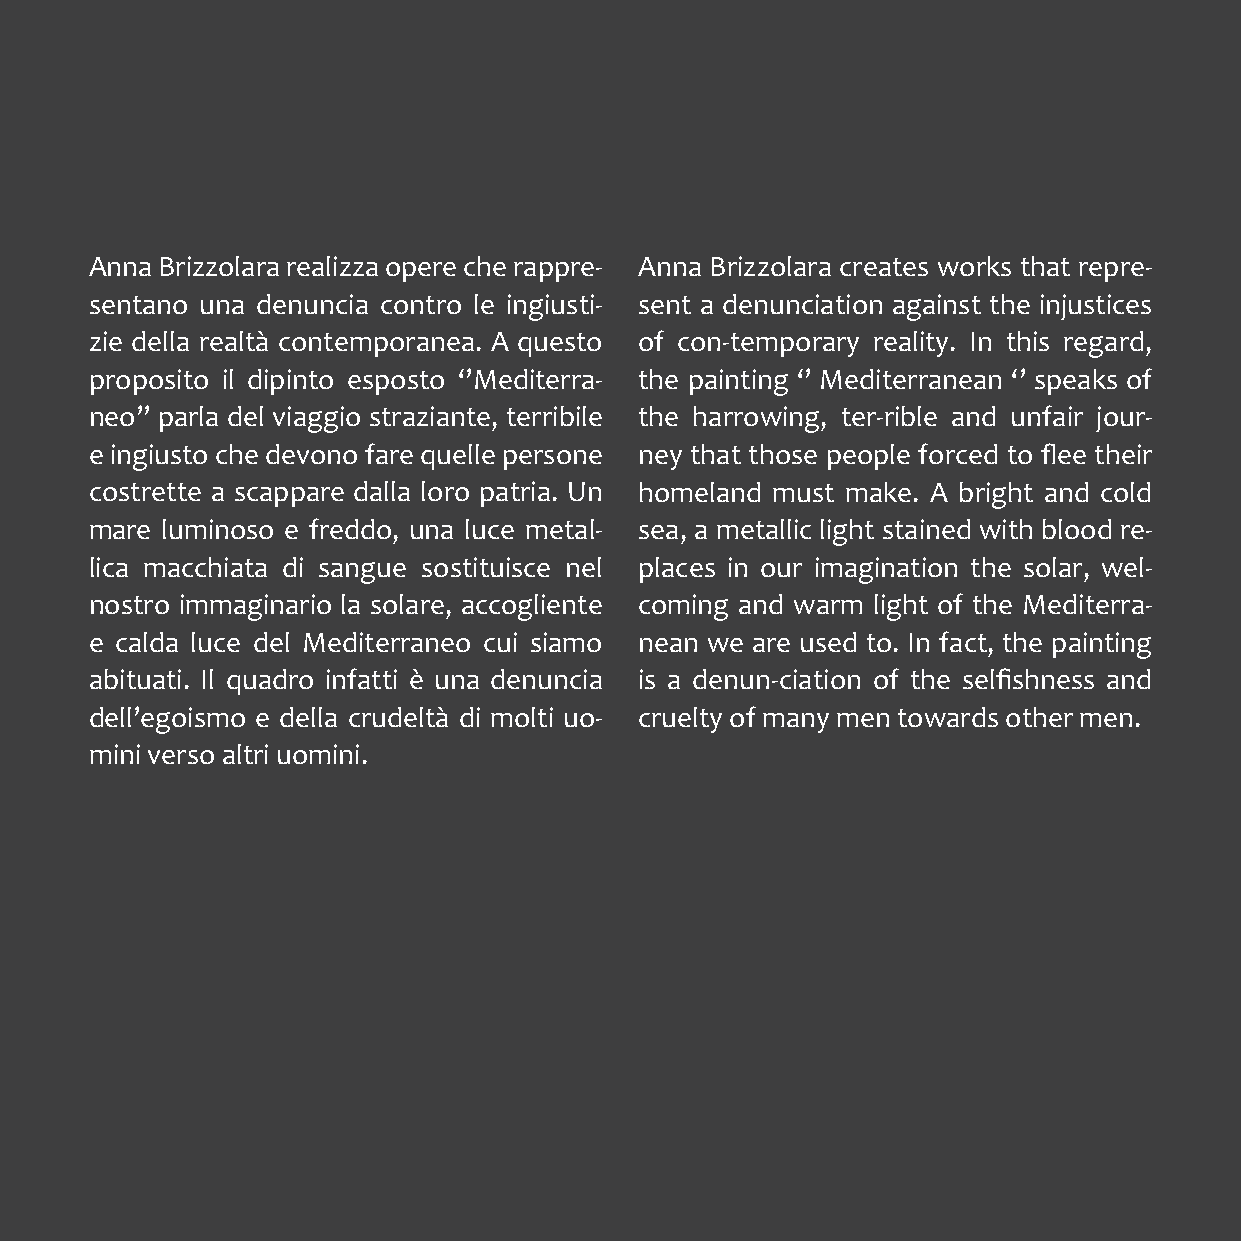
Anna Brizzolara realizza opere che rappre- Anna Brizzolara creates works that repre-
 sentano una denuncia contro le ingiusti- sent a denunciation against the injustices
 zie della realtà contemporanea. A questo of con-temporary reality. In this regard,
 proposito il dipinto esposto ‘’Mediterra- the painting ‘’ Mediterranean ‘’ speaks of
 neo’’ parla del viaggio straziante, terribile the harrowing, ter-rible and unfair jour-
 e ingiusto che devono fare quelle persone ney that those people forced to flee their
 costrette a scappare dalla loro patria. Un homeland must make. A bright and cold
 mare luminoso e freddo, una luce metal- sea, a metallic light stained with blood re-
 lica macchiata di sangue sostituisce nel places in our imagination the solar, wel-
 nostro immaginario la solare, accogliente coming and warm light of the Mediterra-
 e calda luce del Mediterraneo cui siamo nean we are used to. In fact, the painting
 abituati. Il quadro infatti è una denuncia is a denun-ciation of the selfishness and
 dell’egoismo e della crudeltà di molti uo- cruelty of many men towards other men.
 mini verso altri uomini.